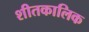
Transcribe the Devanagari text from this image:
शीतकालिक